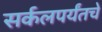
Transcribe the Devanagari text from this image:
सर्कलपर्यंतचे